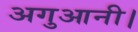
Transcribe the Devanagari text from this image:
अगुआनी।